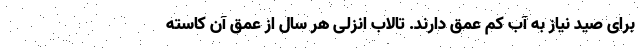
برای صید نیاز به آب کم عمق دارند. تالاب انزلی هر سال از عمق آن کاسته